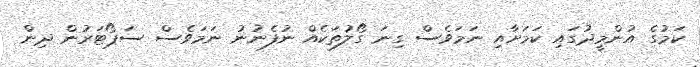
ކަމުގެ އުންމީދުގައި ކަމަށާއި ނަމަވެސް ގިނަ ގޯލުތަކެއް ނުފެނުނު ނަމަވެސް ސަޕޯޓަރުން ދިން